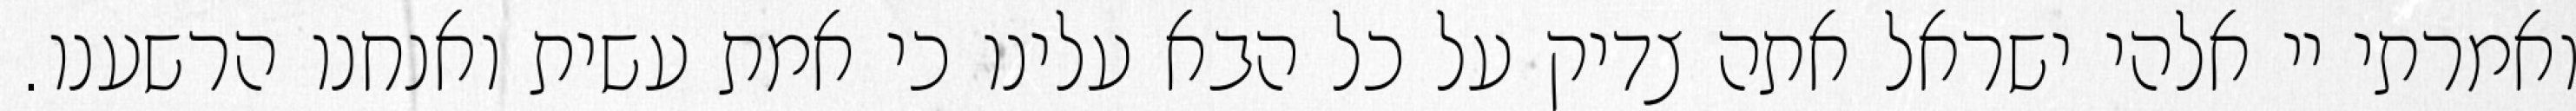
ואמרתי יי אלהי ישראל אתה צדיק על כל הבא עלינו כי אמת עשית ואנחנו הרשענו.